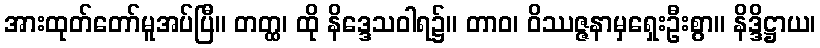
အားထုတ်တော်မူအပ်ပြီ။ တတ္ထ၊ ထို နိဒ္ဒေသဝါရ၌။ တာဝ၊ ဝိဿဇ္ဇနာမှရှေးဦးစွာ။ နိဒ္ဒိဋ္ဌာယ၊